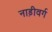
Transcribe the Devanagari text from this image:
नाड़ीवर्ग